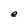
Character: e